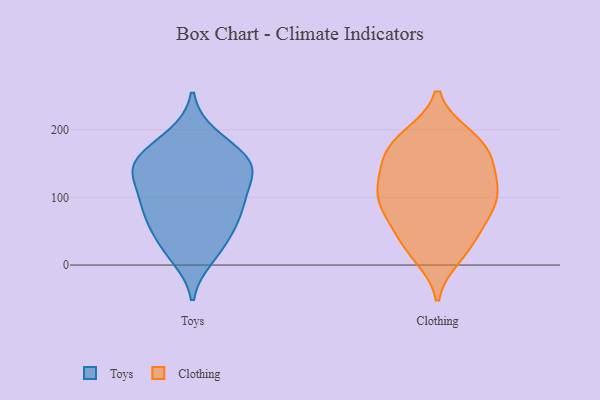
{"axis": {"x": "Backlog", "y": "Value"}, "legend": ["Clothing", "Toys"], "data": [{"x": "", "y": 145, "type": "Toys"}, {"x": "", "y": 62, "type": "Toys"}, {"x": "", "y": 88, "type": "Toys"}, {"x": "", "y": 140, "type": "Toys"}, {"x": "", "y": 185, "type": "Toys"}, {"x": "", "y": 155, "type": "Toys"}, {"x": "", "y": 44, "type": "Toys"}, {"x": "", "y": 191, "type": "Toys"}, {"x": "", "y": 18, "type": "Toys"}, {"x": "", "y": 109, "type": "Toys"}, {"x": "", "y": 82, "type": "Toys"}, {"x": "", "y": 155, "type": "Toys"}, {"x": "", "y": 91, "type": "Toys"}, {"x": "", "y": 140, "type": "Toys"}, {"x": "", "y": 149, "type": "Toys"}, {"x": "", "y": 12, "type": "Toys"}, {"x": "", "y": 90, "type": "Toys"}, {"x": "", "y": 140, "type": "Toys"}, {"x": "", "y": 45, "type": "Toys"}, {"x": "", "y": 47, "type": "Clothing"}, {"x": "", "y": 78, "type": "Clothing"}, {"x": "", "y": 164, "type": "Clothing"}, {"x": "", "y": 116, "type": "Clothing"}, {"x": "", "y": 127, "type": "Clothing"}, {"x": "", "y": 83, "type": "Clothing"}, {"x": "", "y": 138, "type": "Clothing"}, {"x": "", "y": 171, "type": "Clothing"}, {"x": "", "y": 153, "type": "Clothing"}, {"x": "", "y": 82, "type": "Clothing"}, {"x": "", "y": 32, "type": "Clothing"}, {"x": "", "y": 111, "type": "Clothing"}, {"x": "", "y": 24, "type": "Clothing"}, {"x": "", "y": 183, "type": "Clothing"}, {"x": "", "y": 14, "type": "Clothing"}, {"x": "", "y": 107, "type": "Clothing"}, {"x": "", "y": 187, "type": "Clothing"}, {"x": "", "y": 85, "type": "Clothing"}, {"x": "", "y": 190, "type": "Clothing"}]}